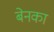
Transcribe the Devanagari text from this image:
बेनका